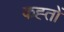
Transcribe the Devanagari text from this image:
कह्तों